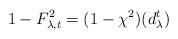
LaTeX: \begin{align*}1- F_{\lambda, t}^{2}=(1- \chi^{2}) (d_{\lambda}^{t})\end{align*}